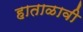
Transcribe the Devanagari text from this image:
हाताळावी